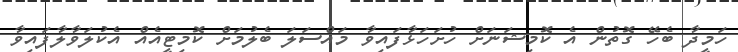
ހަމީދާ ބެހޭ ގޮތުން އެ ކޮމިޝަނަށް ހުށަހަޅާފައިވާ މައްސަލަ ބެލުމަށް ކޮމިޓީއެއް އެކުލަވާލާފައިވާ